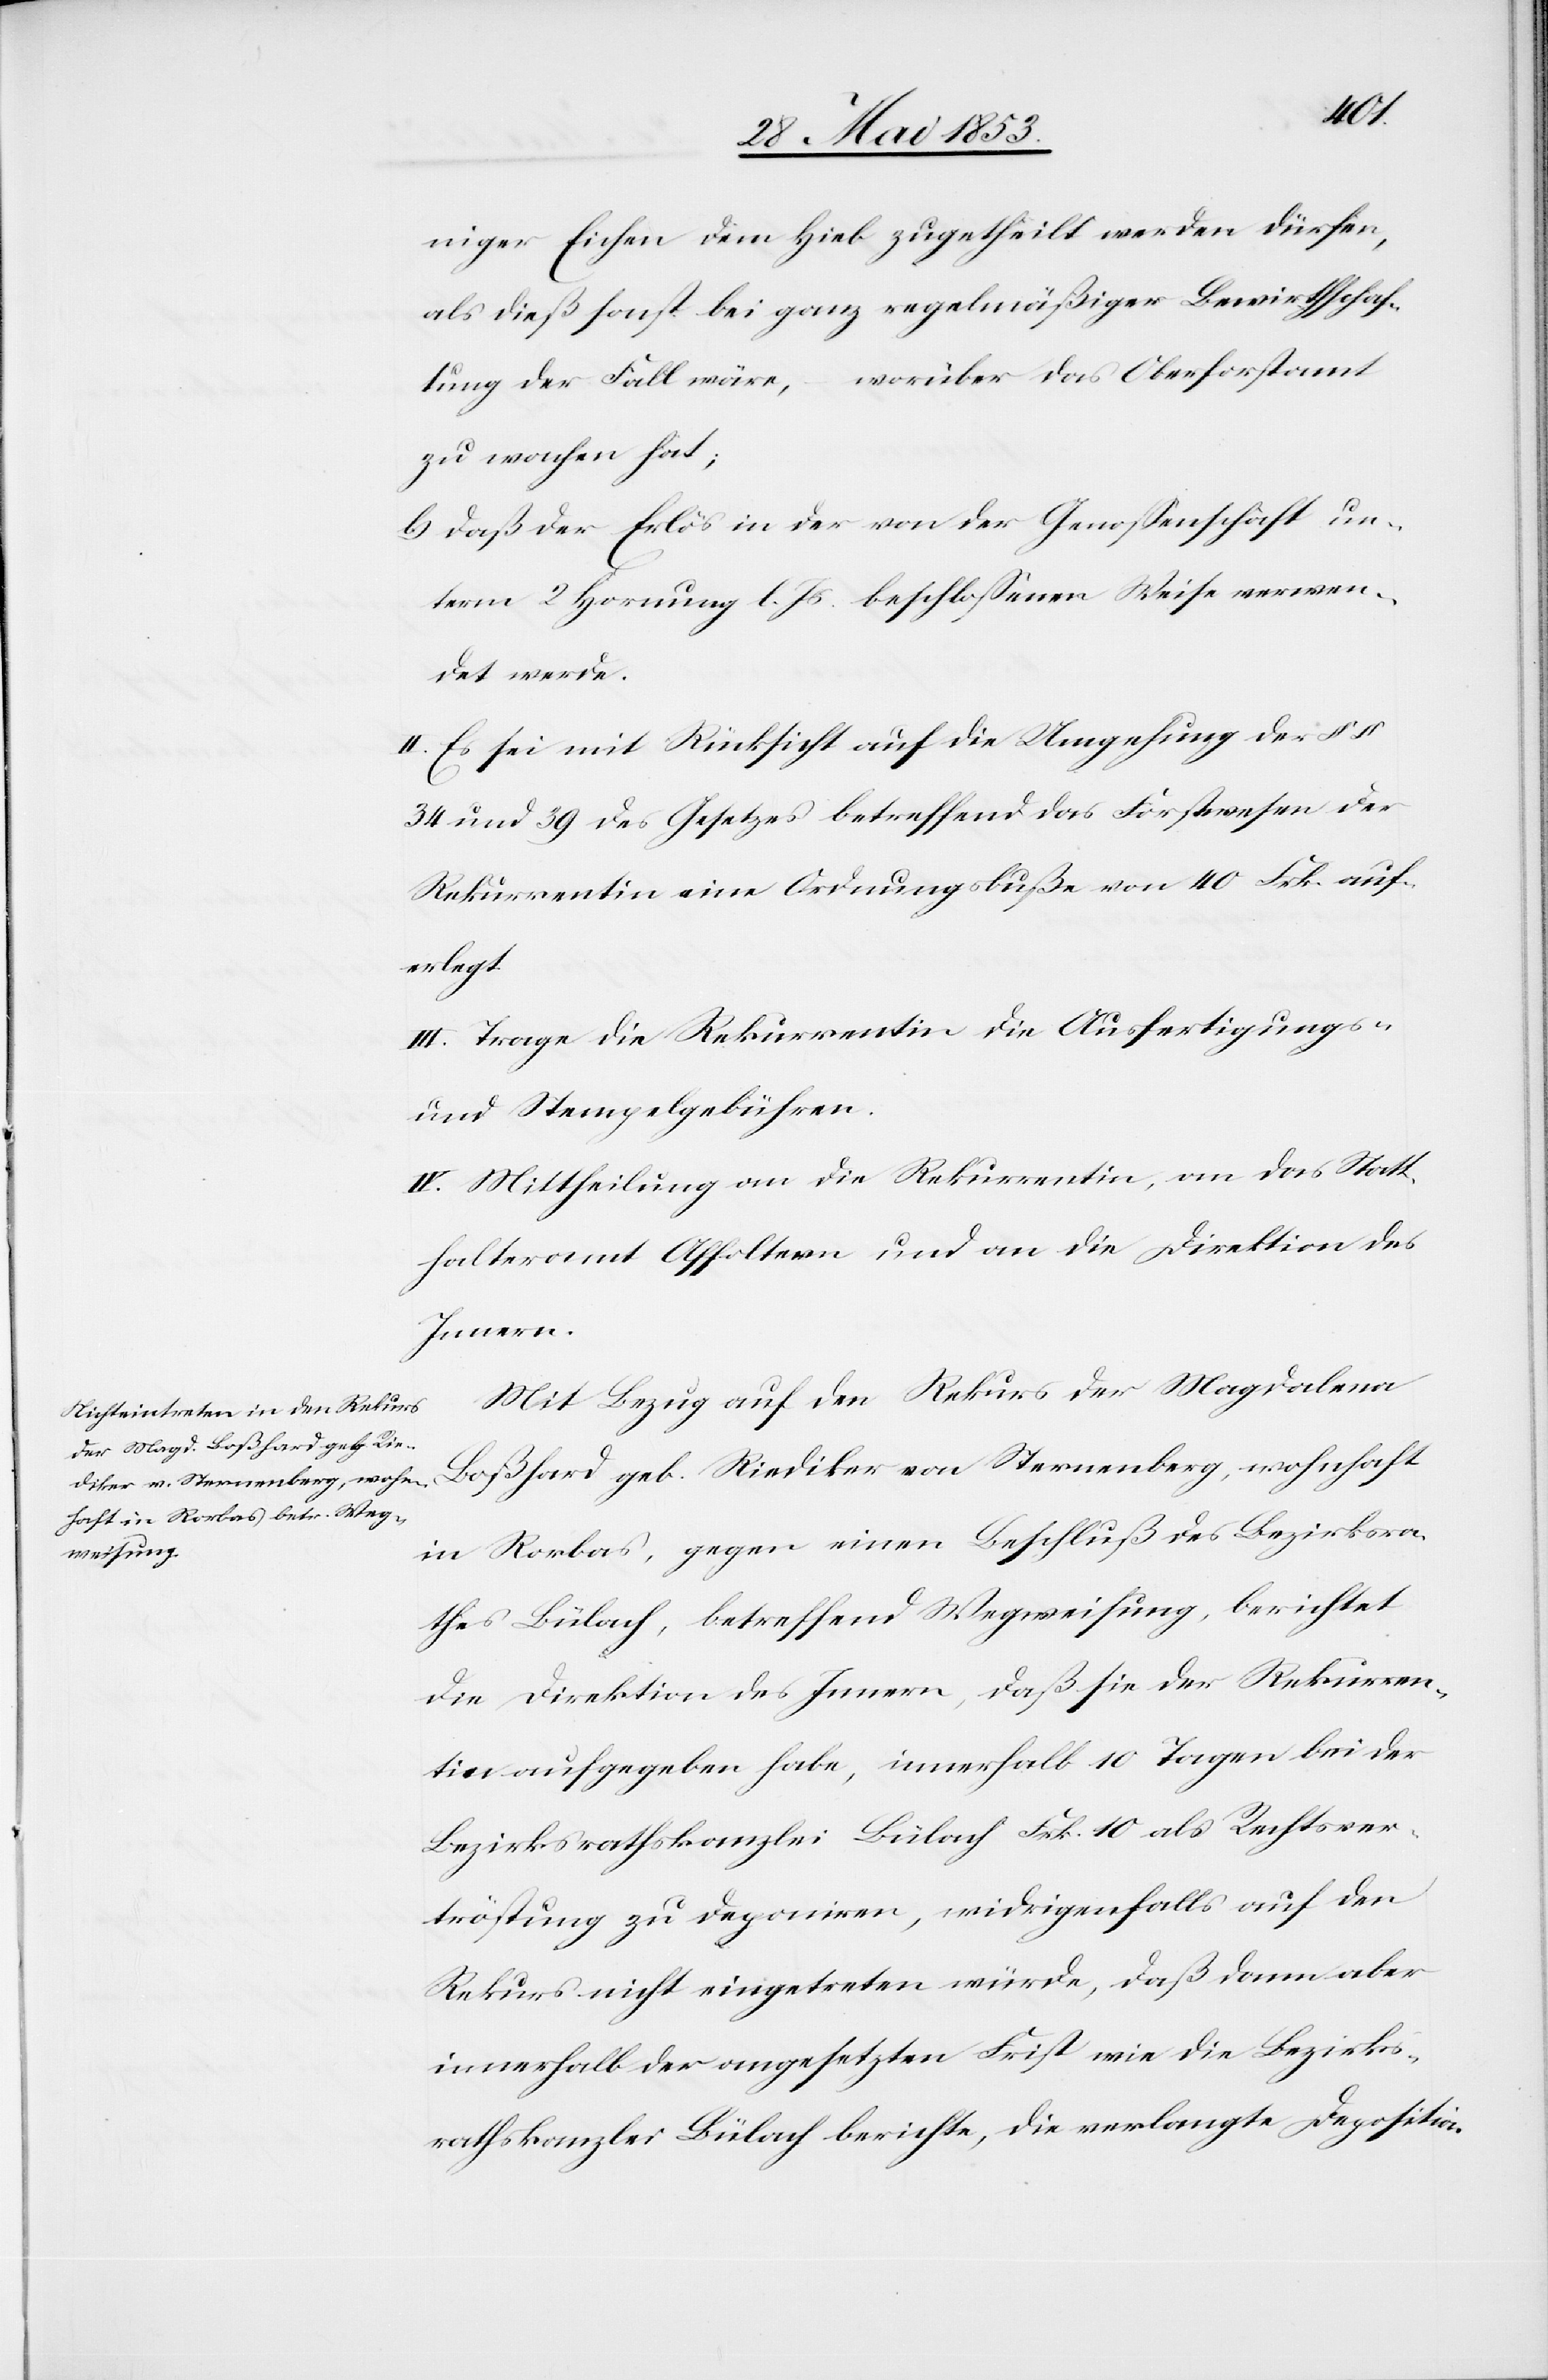
niger Eichen dem Hieb zugetheilt werden dürfen,
als dieß sonst bei ganz regelmäßiger Bewirthschaf¬
tung der Fall wäre, worüber das Oberforstamt
zu wachen hat;
b) daß der Erlös in der von der Genoßenschaft un¬
term 2 Hornung l. Js. beschloßener Weise verwen¬
det werde.
II. Es sei mit Rücksicht auf die Umgehung des §§
34 und 39 des Gesetzes betreffend das Forstwesen der
Rekurrentin eine Ordnungsbuße von 40 Frk. auf¬
erlegt.
III. Trage die Rekurrentin die Ausfertigungs-
u. Stempelgebühren.
IV. Mittheilung an die Rekurrentin, an das Statt¬
halteramt Affoltern und an die Direktion des
Innern.
Mit Bezug auf den Rekurs der Magdalena
Boßhard geb. Riediker von Sternenberg, wohnhaft
in Rorbas, gegen einen Beschluß des Bezirksra¬
thes Bülach, betreffend Wegweisung, berichtet
die Direktion des Innern, daß sie der Rekurren¬
tin aufgegeben habe, innerhalb 10 Tagen bei der
Bezirksrathskanzlei Bülach Frk. 10 als Rechtsver¬
tröstung zu deponiren, widrigenfalls auf den
Rekurs nicht eingetreten würde, daß dann aber
innerhalb der angesetzten Frist wie die Bezirks¬
rathskanzlei Bülach berichte, die verlangte Deposition